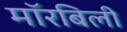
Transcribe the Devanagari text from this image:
मॉरबिली